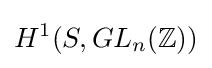
H^{1}(S,GL_{n}(\mathbb {Z} ))